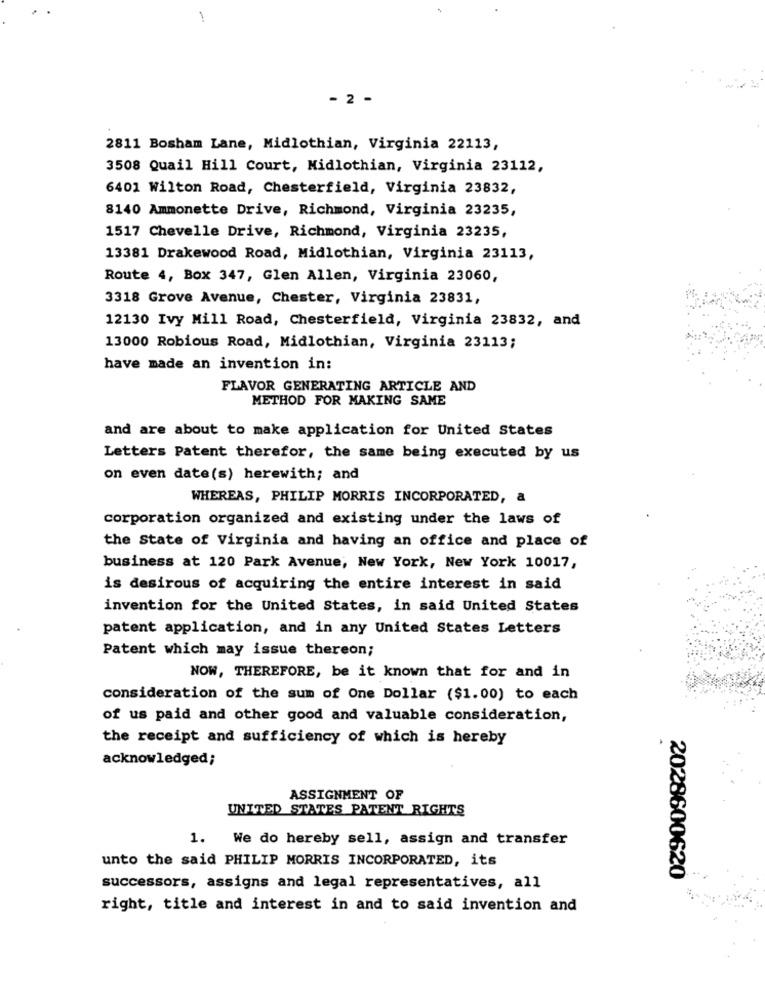
-
- 2 -
2811 Bosham Lane, Midlothian, Virginia 22113,
3508 Quail Hill Court, Midlothian, Virginia 23112,
6401 Wilton Road, Chesterfield, Virginia 23832,
8140 Ammonette Drive, Richmond, Virginia 23235,
1517 Chevelle Drive, Richmond, Virginia 23235,
13381 Drakewood Road, Midlothian, Virginia 23113,
Route 4, Box 347, Glen Allen, Virginia 23060,
3318 Grove Avenue, Chester, Virginia 23831,
12130 Ivy Mill Road, Chesterfield, Virginia 23832, and
13000 Robious Road, Midlothian, Virginia 23113;
have made an invention in:
FLAVOR GENERATING ARTICLE AND
METHOD FOR MAKING SAME
and are about to make application for United States
Letters Patent therefor, the same being executed by us
on even date(s) herewith; and
WHEREAS, PHILIP MORRIS INCORPORATED, a
corporation organized and existing under the laws of
the State of Virginia and having an office and place of
business at 120 Park Avenue, New York, New York 10017,
is desirous of acquiring the entire interest in said
invention for the United States, in said United States
patent application, and in any United States Letters
Patent which may issue thereon;
NOW, THEREFORE, be it known that for and in
consideration of the sum of One Dollar ($1.00) to each
of us paid and other good and valuable consideration,
the receipt and sufficiency of which is hereby
acknowledged;
ASSIGNMENT OF
UNITED STATES PATENT RIGHTS
1. We do hereby sell, assign and transfer
unto the said PHILIP MORRIS INCORPORATED, its
2028600620
successors, assigns and legal representatives, all
right, title and interest in and to said invention and